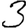
Digit: 3